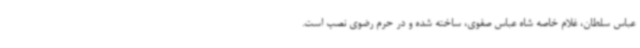
عباس سلطان، غلام خاصه شاه عباس صفوی، ساخته شده و در حرم رضوی نصب است.